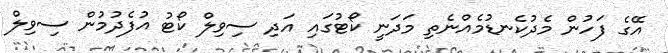
އޭގެ ފަހުން މެދުކެނޑުމެއްނެތި މަދަނީ ކޯޓުގައި އަދި ސިވިލް ކޯޓު އުފެދުމުން ސިވިލް